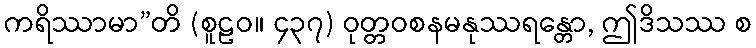
ကရိဿာမာ”တိ (စူဠဝ။ ၄၃၇) ဝုတ္တဝစနမနုဿရန္တော, ဤဒိသဿ စ